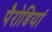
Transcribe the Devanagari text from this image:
पैरोडियां